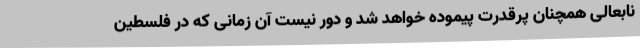
نابعالی همچنان پرقدرت پیموده خواهد شد و دور نیست آن زمانی که در فلسطین